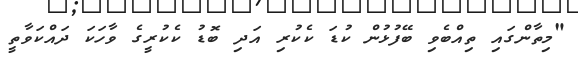
"މިތާންގައި ތިއްބެވި ބޭފުޅުން ކުޑަ ކެކުރި އަދި ބޮޑު ކެކުރީގެ ވާހަކަ ދައްކަވާތީ